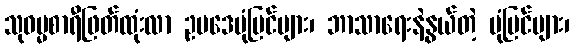
သုဓမ္မစာရီဖြတ်ထုံးလာ ဥပဒေပုံပြင်များ၊ ဘာသာရေးနဲ့နွယ်တဲ့ ပုံပြင်များ၊